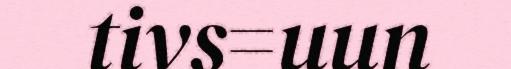
tivs=uun